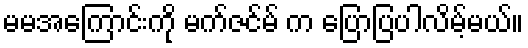
မမအကြောင်းကို မက်ဇင်မ် က ပြောပြပါလိမ့်မယ်။